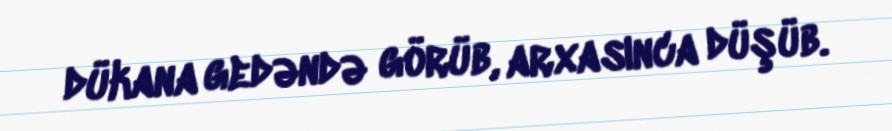
dükana gedəndə görüb, arxasınca düşüb.